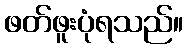
ဖတ်ဖူးပုံရသည်။